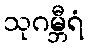
သုဂမ္ဘီရံ